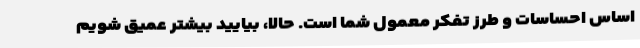
اساس احساسات و طرز تفکر معمول شما است. حالا، بیایید بیشتر عمیق شویم